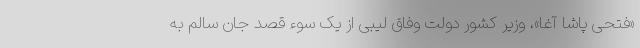
«فتحی پاشا آغا»، وزیر کشور دولت وفاق لیبی از یک سوء قصد جان سالم به